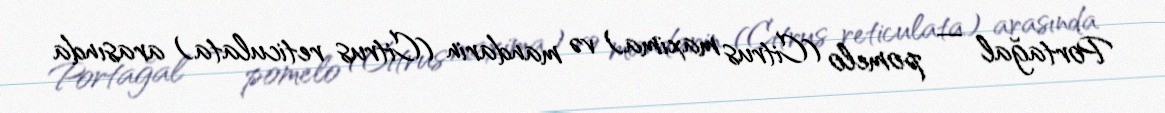
Portağal — pomelo (Citrus maxima) və mandarin (Citrus reticulata) arasında